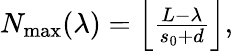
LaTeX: \begin{array}{r}{N_{\mathrm{max}}(\lambda)=\left\lfloor\frac{L-\lambda}{s_{0}+d}\right\rfloor,}\end{array}